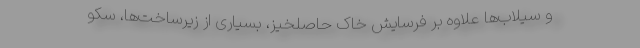
و سیلاب‌ها علاوه بر فرسایش خاک حاصلخیز، بسیاری از زیرساخت‌ها، سکو